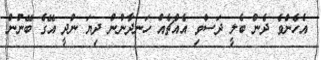
އެހެންވެ ދެން ބެލީ ދަސްވި އެއްޗެއް ހަނދާނުން ދިޔަ ނުދީ އޭގެ ބޭނުން